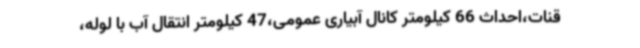
قنات،احداث 66 کیلومتر کانال آبیاری عمومی،47 کیلومتر انتقال آب با لوله،